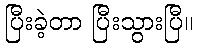
ပြီးခဲ့တာ ပြီးသွားပြီ။